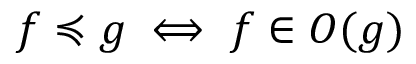
f \preccurlyeq g \iff f \in O ( g )